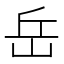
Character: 岳